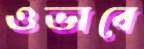
ওভাবে